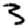
Digit: 3